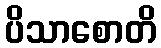
ပိသာစောတိ